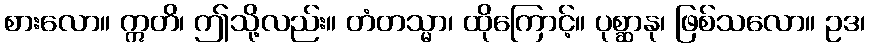
စားလော။ ဣတိ၊ ဤသို့လည်း။ တံတသ္မာ၊ ထိုကြောင့်။ ပုစ္ဆာနု၊ ဖြစ်သလော။ ဥဒ၊